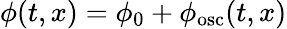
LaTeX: {\phi}(t,x)=\phi_{0}+{\phi}_{\mathrm{{osc}}}(t,x)